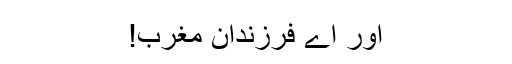
اور اے فرزندانِ مغرب!